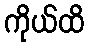
ကိုယ်ထိ